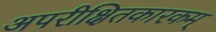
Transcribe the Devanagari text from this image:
अपरीक्षितकारकम्